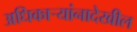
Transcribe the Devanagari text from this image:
अधिकाऱ्यांनादेखील